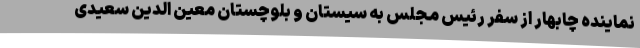
نماینده چابهار از سفر رئیس مجلس به سیستان و بلوچستان معین الدین سعیدی